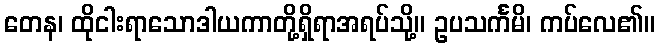
တေန၊ ထိုငါးရာသောဒါယကာတို့ရှိရာအရပ်သို့။ ဥပသင်္ကမိ၊ ကပ်လေ၏။